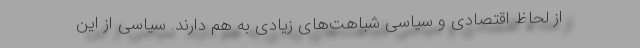
از لحاظ اقتصادی و سیاسی شباهت‌های زیادی به هم دارند. سیاسی از این